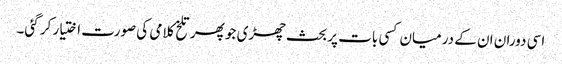
اسی دوران ان کے درمیان کسی بات پر بحث چھڑی جو پھر تلخ کلامی کی صورت اختیار کر گئی۔